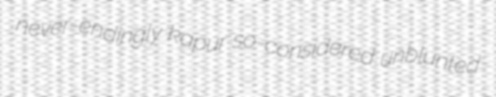
never-endingly kapur so-considered unblunted